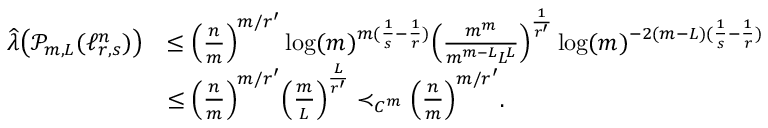
\begin{array} { r l } { \widehat { \boldsymbol { \lambda } } \big ( \mathcal P _ { m , L } ( \ell _ { r , s } ^ { n } ) \big ) } & { \le \Big ( \frac { n } { m } \Big ) ^ { m / r ^ { \prime } } \log ( m ) ^ { m ( \frac 1 { s } - \frac 1 { r } ) } \Big ( \frac { m ^ { m } } { m ^ { m - L } L ^ { L } } \Big ) ^ { \frac { 1 } { r ^ { \prime } } } \log ( m ) ^ { - 2 ( m - L ) ( \frac 1 { s } - \frac 1 { r } ) } } \\ & { \le \Big ( \frac { n } { m } \Big ) ^ { m / r ^ { \prime } } \Big ( \frac { m } { L } \Big ) ^ { \frac { L } { r ^ { \prime } } } \prec _ { C ^ { m } } \Big ( \frac { n } { m } \Big ) ^ { m / r ^ { \prime } } . } \end{array}